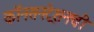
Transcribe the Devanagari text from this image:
कॉनसनट्रेशनची